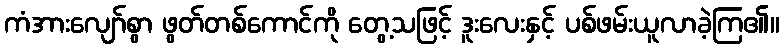
ကံအားလျော်စွာ ဖွတ်တစ်ကောင်ကို တွေ့သဖြင့် ဒူးလေးနှင့် ပစ်ဖမ်းယူလာခဲ့ကြ၏။